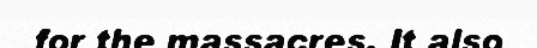
for the massacres. It also